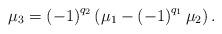
LaTeX: \begin{align*}\mu _{3}=\left( -1\right) ^{q_{2}}\left( \mu _{1}-\left( -1\right)^{q_1}\mu _{2}\right) . \end{align*}